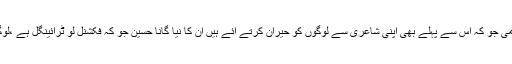
تفصیل کے مطابق ریپ گلو کار اومی جو کہ اس سے پہلے بھی اپنی شاعری سے لوگوں کو حیران کرتے آئے ہیں ان کا نیا گانا حسین جو کہ فکشنل لو ٹرائینگل ہے ،لوگوں میں بے حد مشہور ہو رہا ہے ۔